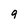
Character: 9